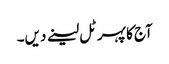
آج کا پہر ٹل لینے دیں۔